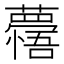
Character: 𮒽